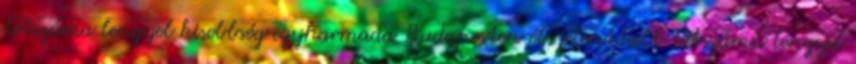
létszáma lengyel kisebbség egyharmada Budapesten él, jelentősebb létszámú lengyel